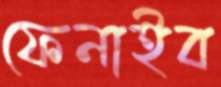
ফেনাইব